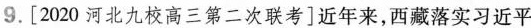
9.[2020河北九校高三第二次联考]近年来，西藏落实习近平